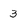
Character: 3